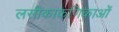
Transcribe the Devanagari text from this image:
लसीकाकणिकाओं